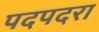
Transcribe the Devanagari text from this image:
पदपदरा